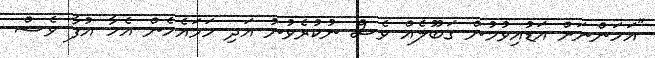
"އަހަންނަށް އަޑުއިވުމުން ގަބޫލެއް ވެސް ނުކުރެވުނު އަދި ހަމައެހެން އެހާ އުފާ ވެސް